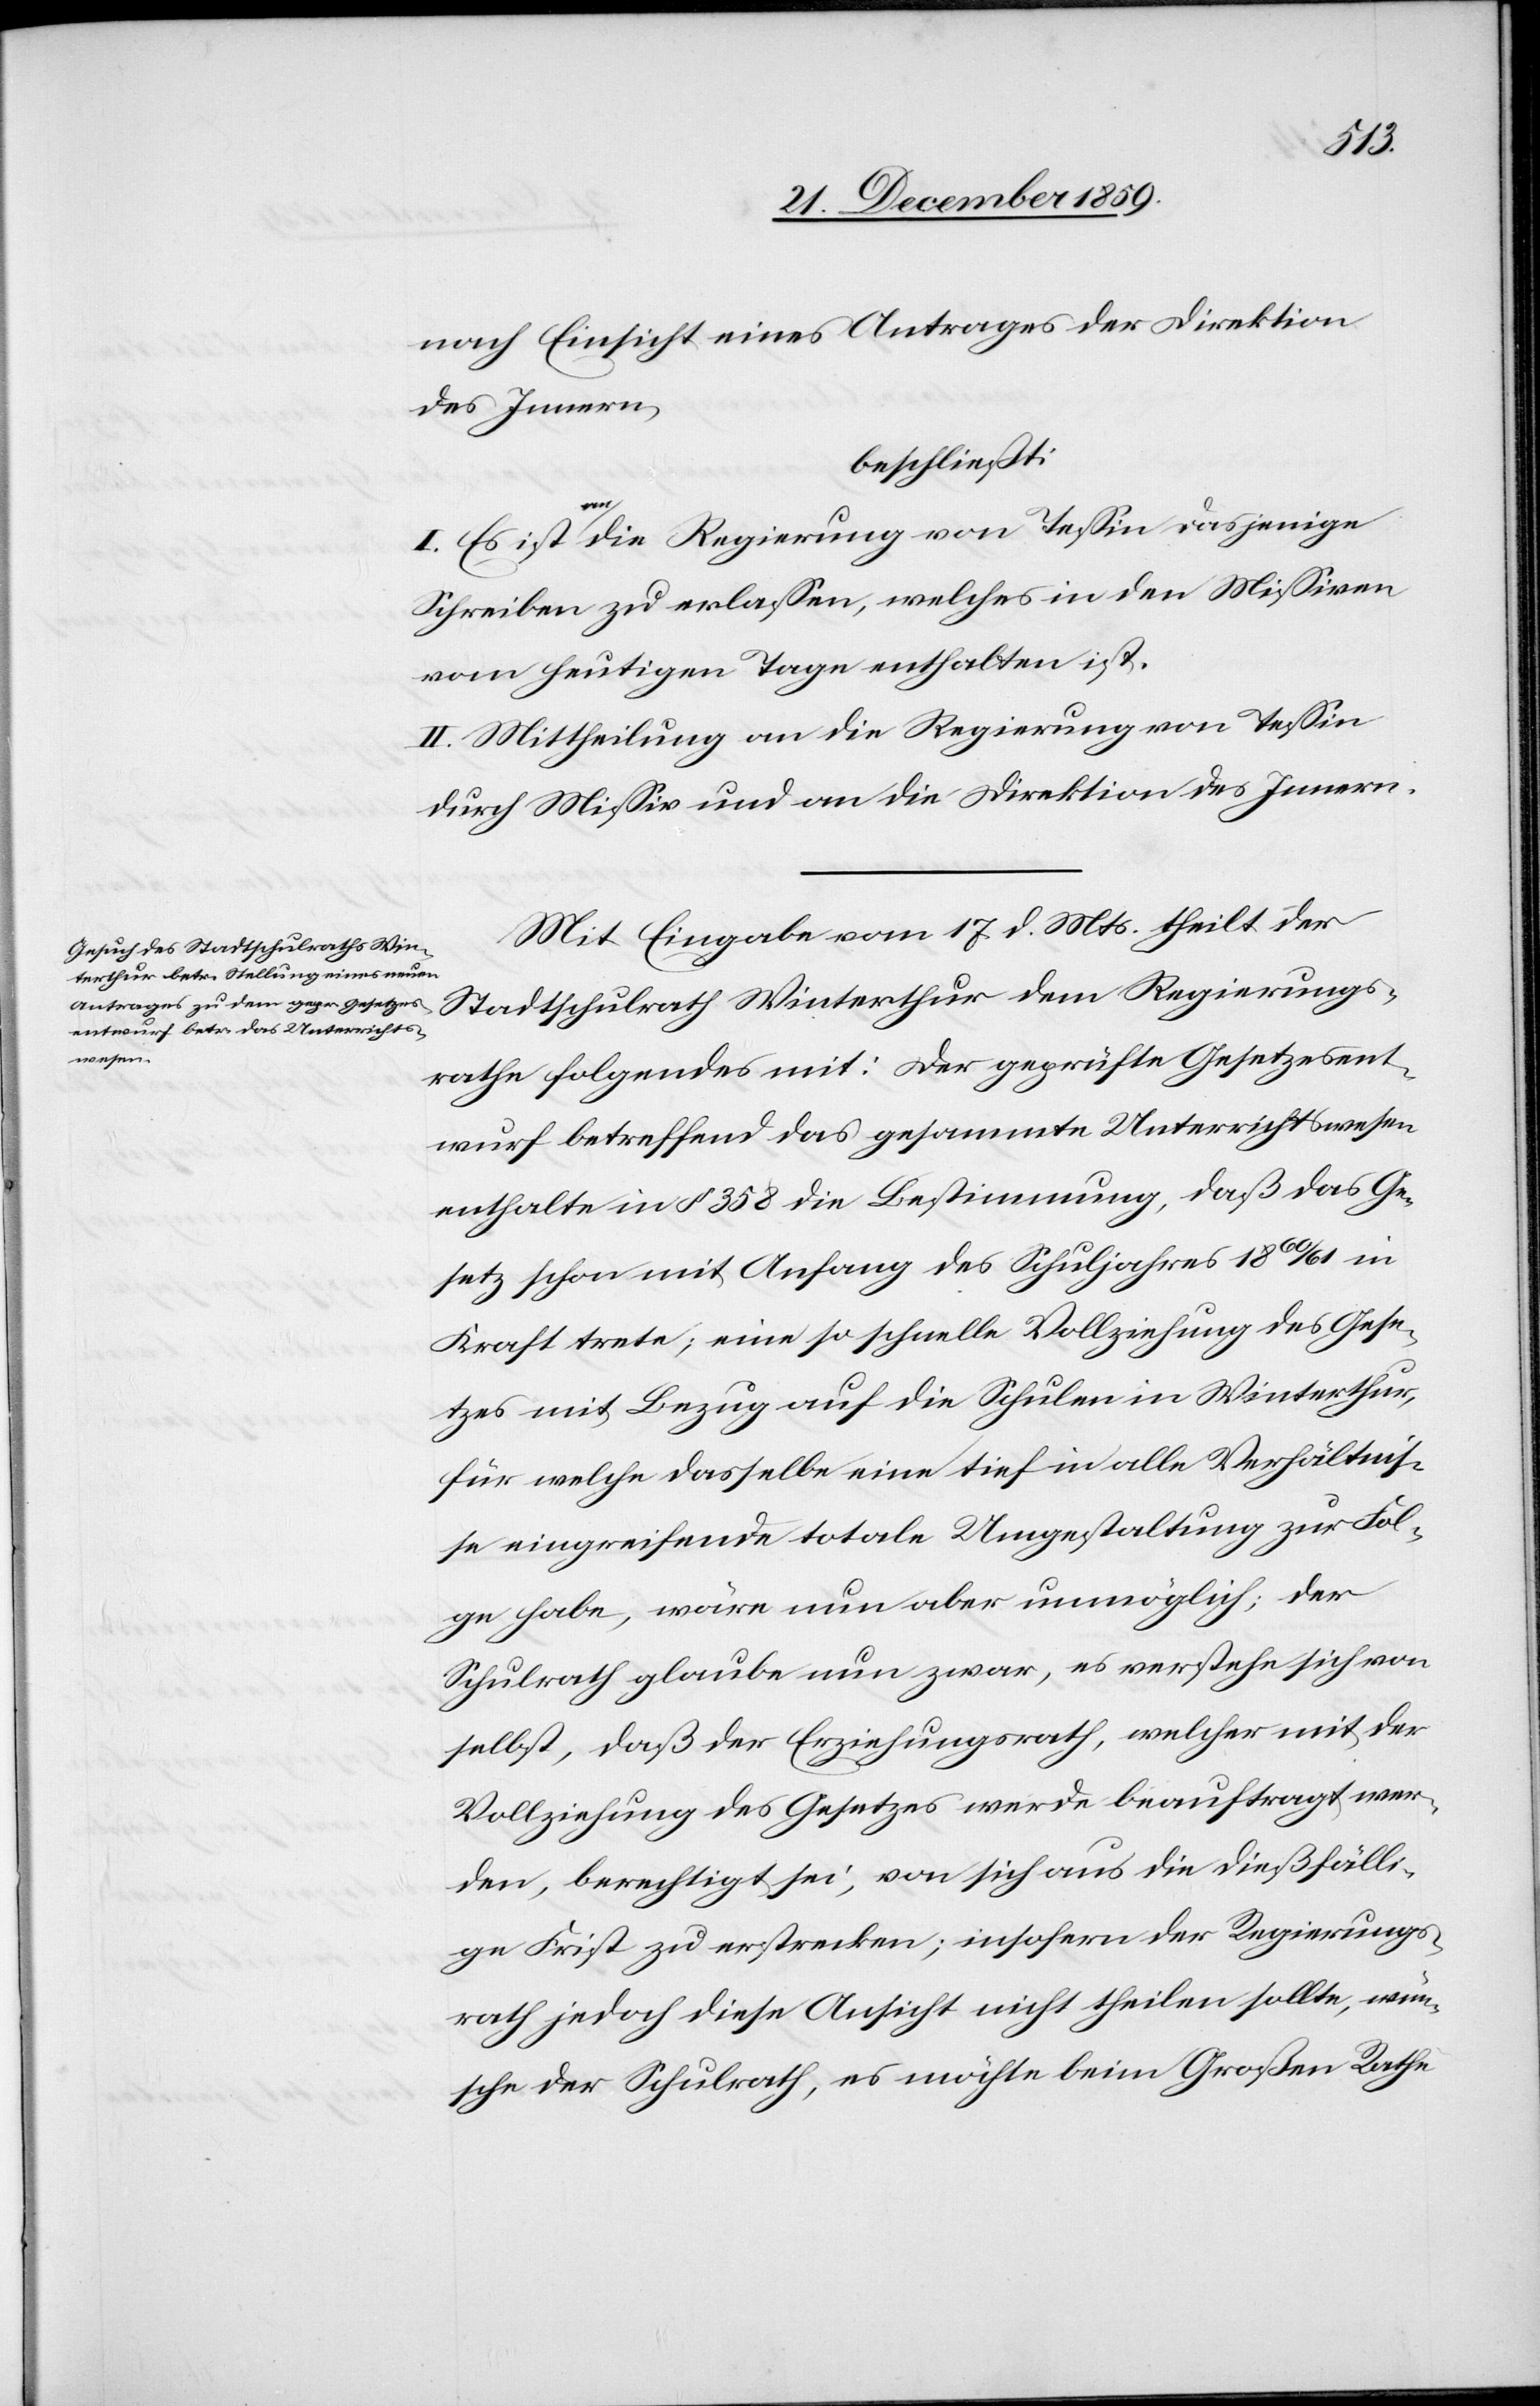
nach Einsicht eines Antrages der Direktion
des Innern,
beschließt:
I. Es ist an die Regierung von Tessin dasjenige
Schreiben zu erlassen, welches in den Missiven
vom heutigen Tage enthalten ist.
II. Mittheilung an die Regierung von Tessin
durch Missiv und an die Direktion des Innern.
Mit Eingabe vom 17. d. Mts. theilt der
Stadtschulrath Winterthur dem Regierungs¬
rathe folgendes mit: Der geprüfte Gesetzesent¬
wurf betreffend das gesammte Unterrichtswesen
enthalte in § 358 die Bestimmung, daß das Ge¬
setz schon mit Anfang des Schuljahres 1860/61 in
Kraft trete; eine so schnelle Vollziehung des Gese¬
tzes mit Bezug auf die Schulen in Winterthur,
für welche dasselbe eine tief in alle Verhältnis¬
se eingreifende totale Umgestaltung zur Fol¬
ge habe, wäre nun aber unmöglich; der
Schulrath glaube nun zwar, es verstehe sich von
selbst, daß der Erziehungsrath, welcher mit der
Vollziehung des Gesetzes werde beauftragt wer¬
den, berechtigt sei, von sich aus die dießfälli¬
ge Frist zu erstrecken; insofern der Regierungs¬
rath jedoch diese Ansicht nicht theilen sollte, wün¬
sche der Schulrath, es möchte beim Großen Rathe